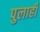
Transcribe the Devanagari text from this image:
पुलाही